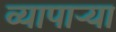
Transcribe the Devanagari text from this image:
व्यापाऱ्या